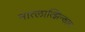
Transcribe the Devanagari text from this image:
मात्लात्झिन्कान